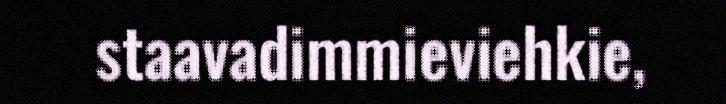
staavadimmieviehkie,